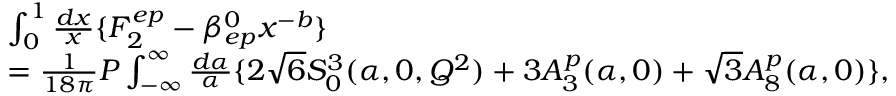
\begin{array} { l } { { \int _ { 0 } ^ { 1 } \frac { d x } { x } \{ F _ { 2 } ^ { e p } - \beta _ { e p } ^ { 0 } x ^ { - b } \} } } \\ { { = \frac { 1 } { 1 8 \pi } P \int _ { - \infty } ^ { \infty } \frac { d \alpha } { \alpha } \{ 2 \sqrt { 6 } S _ { 0 } ^ { 3 } ( \alpha , 0 , Q ^ { 2 } ) + 3 A _ { 3 } ^ { p } ( \alpha , 0 ) + \sqrt { 3 } A _ { 8 } ^ { p } ( \alpha , 0 ) \} , } } \end{array}